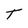
Character: T